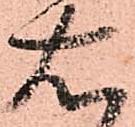
右